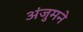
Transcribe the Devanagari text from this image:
अंजुमने